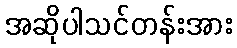
အဆိုပါသင်တန်းအား